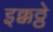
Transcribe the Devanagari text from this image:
इक्कठ्ठे